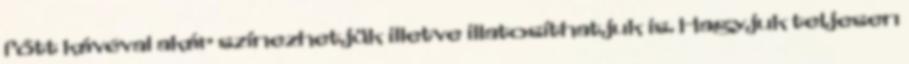
főtt kávéval akár színezhetjük illetve illatosíthatjuk is. Hagyjuk teljesen